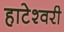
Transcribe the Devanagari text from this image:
हाटेश्वरी